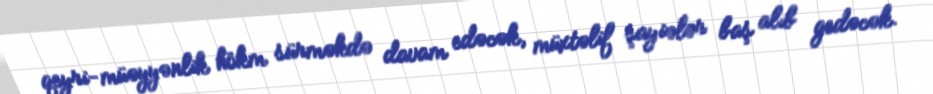
qeyri-müəyyənlik hökm sürməkdə davam edəcək, müxtəlif şayiələr baş alıb gedəcək.